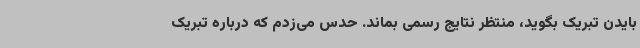
بایدن تبریک بگوید، منتظر نتایج رسمی بماند. حدس می‌زدم که درباره تبریک